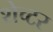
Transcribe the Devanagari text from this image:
शेच्टर